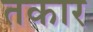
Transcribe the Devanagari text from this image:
तकार